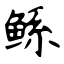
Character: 鲧